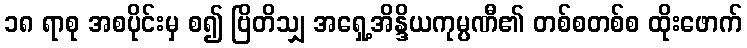
၁၈ ရာစု အစပိုင်းမှ စ၍ ဗြိတိသျှ အရှေ့အိန္ဒိယကုမ္ပဏီ၏ တစ်စတစ်စ ထိုးဖောက်